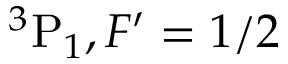
{ } ^ { 3 } \mathrm { P } _ { 1 } , F ^ { \prime } = 1 / 2